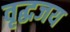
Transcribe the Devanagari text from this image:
वृद्धजय